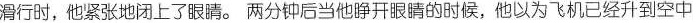
滑行时,他紧张地闭上了眼睛. 两分钟后当他睁开眼睛的时候,他以为飞机已经升到空中